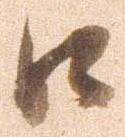
江